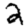
Digit: 2